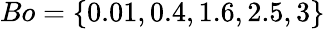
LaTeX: Bo=\{ 0.01,0.4,1.6,2.5,3\}